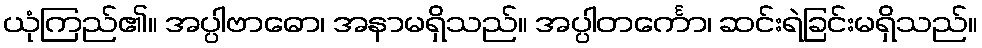
ယုံကြည်၏။ အပ္ပါဗာဓော၊ အနာမရှိသည်။ အပ္ပါတင်္ကော၊ ဆင်းရဲခြင်းမရှိသည်။